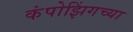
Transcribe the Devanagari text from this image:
कंपोझिंगच्या